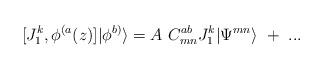
LaTeX: \begin{align*}[J^k_1,\phi^{(a}(z)]|\phi^{b)}\rangle=A~C^{ab}_{mn}J^k_1|\Psi^{mn}\rangle~+~...\end{align*}